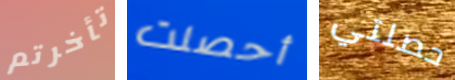
تأخرتم أحصلت حصلتي